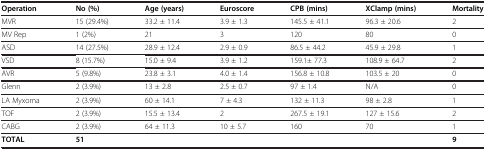
| Operation | No (%) | Age (years) | Euroscore | CPB (mins) | XClamp (mins) | Mortality |
 | --- | --- | --- | --- | --- | --- | --- |
 | MVR | 15 (29.4%) | 33.2 ± 11.4 | 3.9 ± 1.3 | 145.5 ± 41.1 | 96.3 ± 20.6 | 2 |
 | MV Rep | 1 (2%) | 21 | 3 | 120 | 80 | 0 |
 | ASD | 14 (27.5%) | 28.9 ± 12.4 | 2.9 ± 0.9 | 86.5 ± 44.2 | 45.9 ± 29.8 | 1 |
 | VSD | 8 (15.7%) | 15.0 ± 9.4 | 3.9 ± 1.2 | 159.1± 77.3 | 108.9 ± 64.7 | 2 |
 | AVR | 5 (9.8%) | 23.8 ± 3.1 | 4.0 ± 1.4 | 156.8 ± 10.8 | 103.5 ± 20 | 0 |
 | Glenn | 2 (3.9%) | 13 ± 2.8 | 2.5 ± 0.7 | 97 ± 1.4 | N/A | 0 |
 | LA Myxoma | 2 (3.9%) | 60 ± 14.1 | 7 ± 4.3 | 132 ± 11.3 | 98 ± 2.8 | 1 |
 | TOF | 2 (3.9%) | 15.5 ± 13.4 | 2 | 267.5 ± 19.1 | 127 ± 15.6 | 2 |
 | CABG | 2 (3.9%) | 64 ± 11.3 | 10 ± 5.7 | 160 | 70 | 1 |
 | TOTAL | 51 |  |  |  |  | 9 |